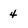
Character: 4